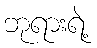
ဘုရားရဲ့